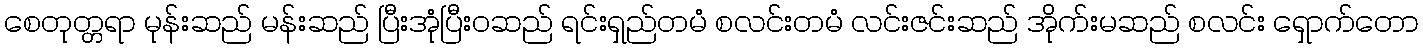
စေတုတ္တရာ မုန်းဆည် မန်းဆည် ပြီးအုံပြီးဝဆည် ရင်းရှည်တမံ စလင်းတမံ လင်းဇင်းဆည် အိုက်းမဆည် စလင်း ရှောက်တော